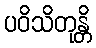
ပဝိသိတုန္တိ